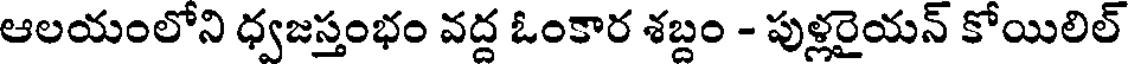
ఆలయంలోని ధ్వజస్తంభం వద్ద ఓంకార శబ్దం - పుళ్లరైయన్ కోయిలిల్